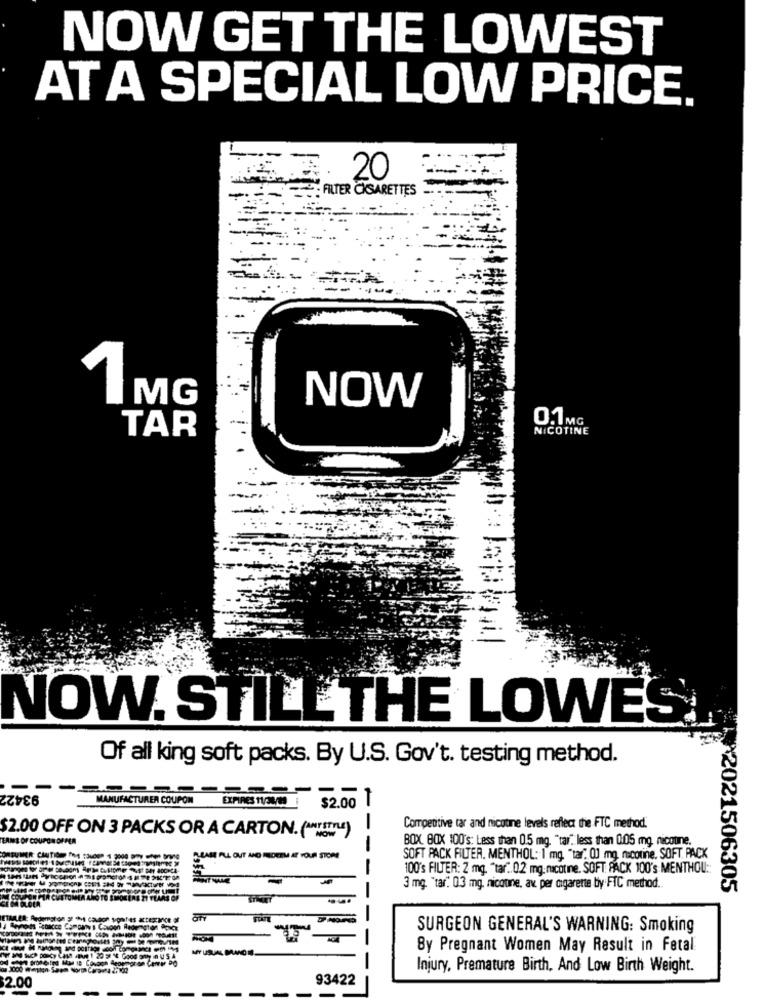
NOW GET THE LOWEST
AT A SPECIAL LOW PRICE.
20
: FILTER CIGARETTES
= ===
1MG
NOW
0.1MG
TAR
NICOTINE
NOW. STILL THE LOWEST
Of all king soft packs. By U.S. Gov't. testing method.
93422
MANUFACTUREA COUPON
EXPIRES 11/30/0
$2.00 T
$2.00 OFF ON 3 PACKS OR A CARTON. (" !!! ")
Competitive tar and nicotine levels reflect the FTC method.
TERMS OF COUPON OFPER
BOX BOX 100's: Less than 0.5 mg. "tar" less than 0.05 mg, nicotine.
1 --
CONSUMER CHAITICES
LARE ALL OUT ANO REDEEM AT YOUR STOM
SOFT PACK FILTER, MENTHOL: 1 mg, "tar" 00 mg. nicotine. SOFT. PACK
100's FILTER: 2 mg. "tar .. 0.2 mg nicotine. SOFT RACK 100's MENTHOU ::
3 mg. "tar. 03 mg, nicoune, av per cigarette by FIC method.
22021506305
SURGEON GENERAL'S WARNING: Smoking
MY USUN
By Pregnant Women May Result in Fetal
Injury, Premature Birth, And Low Birth Weight.
2.00
--
-
93422